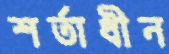
শর্তাধীন